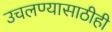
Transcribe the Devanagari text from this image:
उचलण्यासाठीही